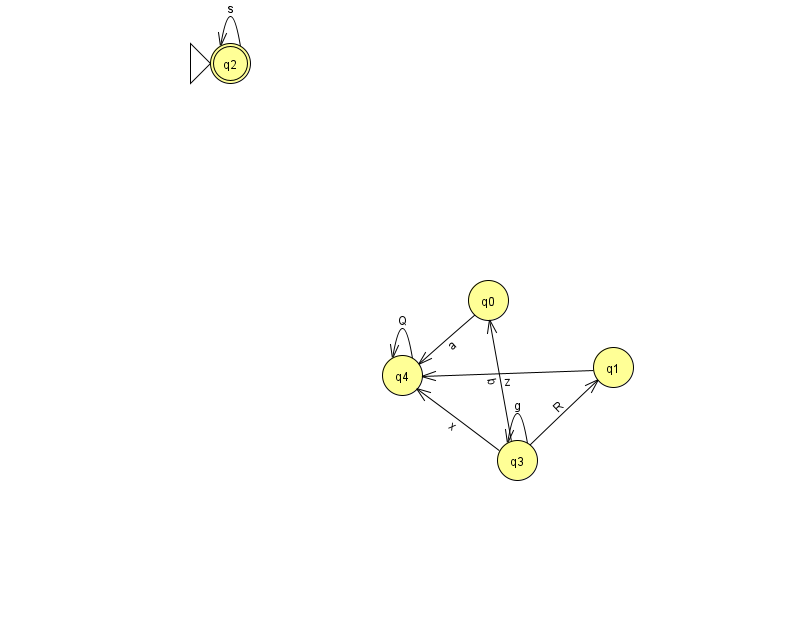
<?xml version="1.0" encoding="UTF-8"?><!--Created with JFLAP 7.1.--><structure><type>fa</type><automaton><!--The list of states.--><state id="0" name="q0"><x>488.0</x><y>287.0</y></state><state id="1" name="q1"><x>613.0</x><y>354.0</y></state><state id="2" name="q2"><x>230.0</x><y>50.0</y><initial/><final/></state><state id="3" name="q3"><x>517.0</x><y>447.0</y></state><state id="4" name="q4"><x>402.0</x><y>362.0</y></state><!--The list of transitions.--><transition><from>4</from><to>4</to><read>Q</read></transition><transition><from>2</from><to>2</to><read>s</read></transition><transition><from>3</from><to>1</to><read>R</read></transition><transition><from>3</from><to>3</to><read>g</read></transition><transition><from>3</from><to>0</to><read>b</read></transition><transition><from>3</from><to>4</to><read>x</read></transition><transition><from>0</from><to>4</to><read>a</read></transition><transition><from>1</from><to>4</to><read>z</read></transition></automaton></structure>